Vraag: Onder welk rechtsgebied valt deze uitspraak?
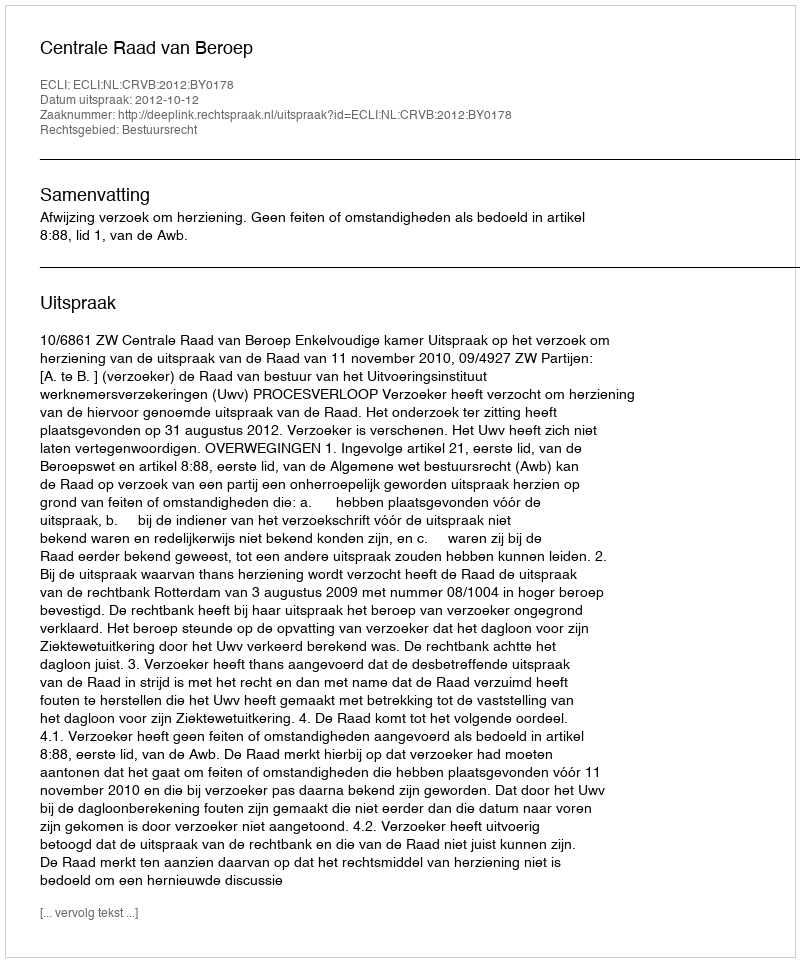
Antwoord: Bestuursrecht